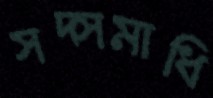
সদ্সমাধি